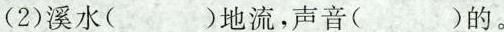
（2）溪水（)地流,声音（）的。